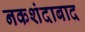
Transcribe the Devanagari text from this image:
नकशंदाबाद